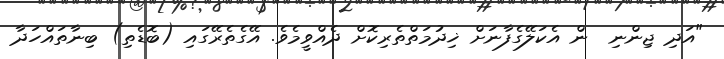
"އަދި ޖިންނި  ން އެކަލޭގެފާނަށް ޚިދުމަތްތެރިކޮށް ދެއްވީމެވެ. އޭގެތެރޭގައި (ބޮޑެތި) ބިނާތައްހަދާ